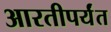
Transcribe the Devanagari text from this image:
आरतीपर्यंत